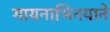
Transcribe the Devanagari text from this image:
गायनाभिनयाने